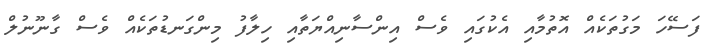
ފަސޭހަ މަގުތަކެއް އޮތުމާއި އެކުގައި ވެސް އިންސާނިއްޔަތާއި ހިލާފު މިންގަނޑުތަކެއް ވެސް ގާނޫނުލް